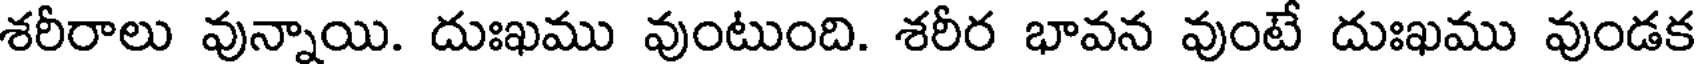
శరీరాలు వున్నాయి. దుఃఖము వుంటుంది. శరీర భావన వుంటే దుఃఖము వుండక